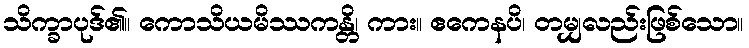
သိက္ခာပုဒ်၏။ ကောသိယမိဿကန္တိ၊ ကား။ ဧကေနပိ၊ တမျှလည်းဖြစ်သော။